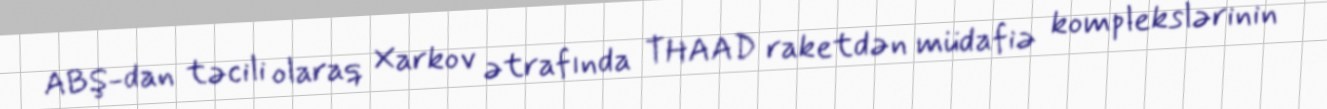
ABŞ-dan təcili olaraq Xarkov ətrafında THAAD raketdən müdafiə komplekslərinin